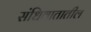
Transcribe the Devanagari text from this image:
संधिवातातील